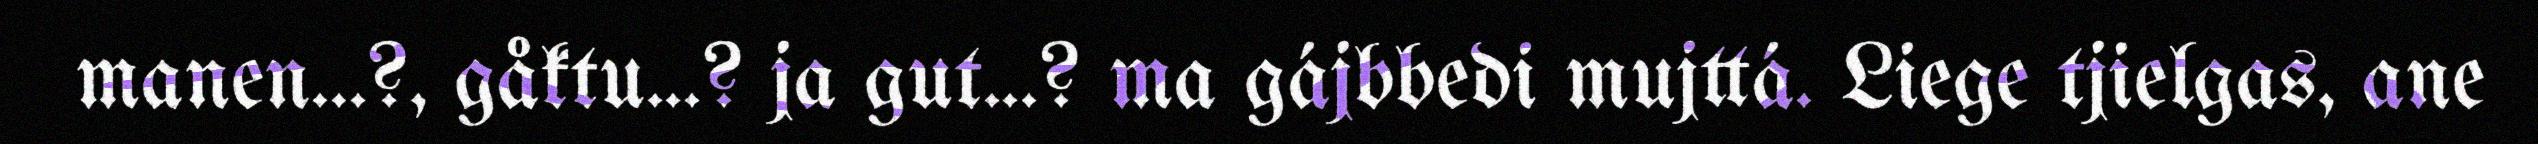
manen...?, gåktu...? ja gut...? ma gájbbedi mujttá. Liege tjielgas, ane